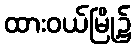
ထားဝယ်မြို့၌